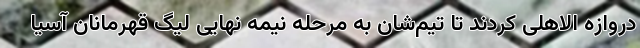
دروازه الاهلی کردند تا تیم‌شان به مرحله نیمه نهایی لیگ قهرمانان آسیا